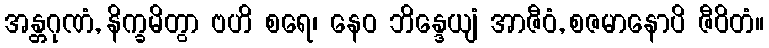
အန္တဂုဏံ, နိက္ခမိတွာ ဗဟိ စရေ၊ နေဝ ဘိန္ဒေယျံ အာဇီဝံ, စဇမာနောပိ ဇီဝိတံ။